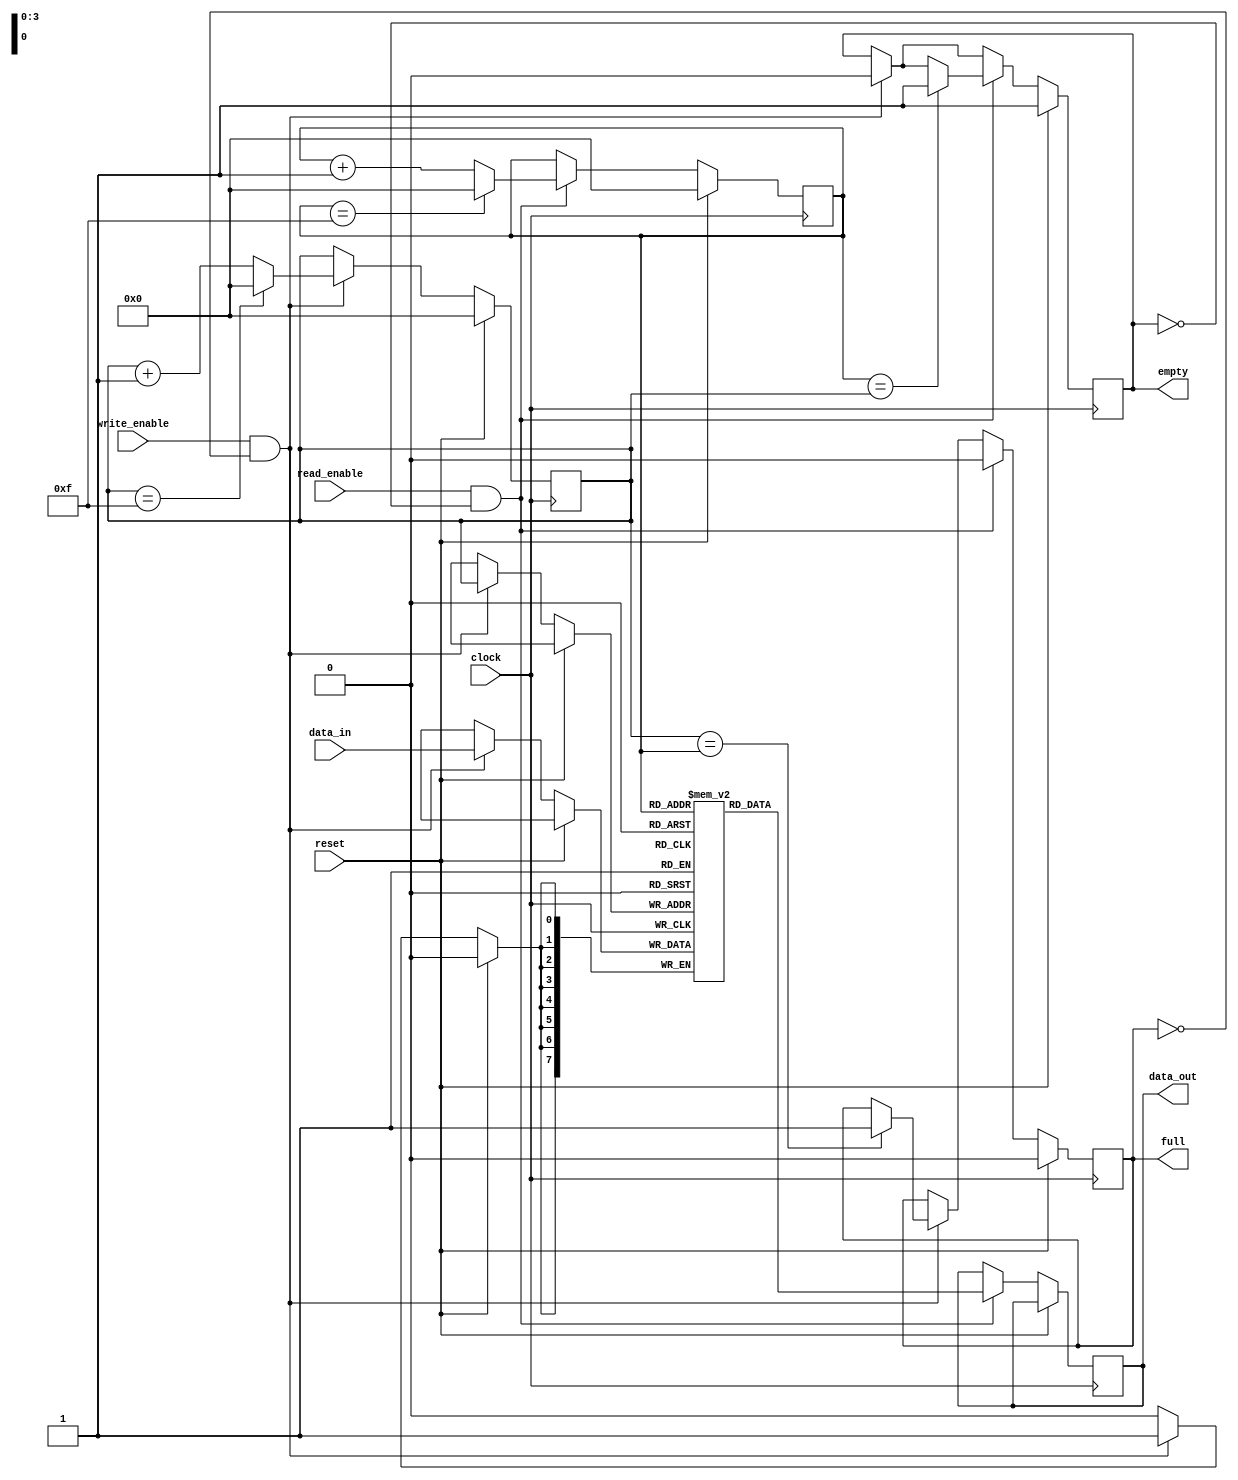
module FWFT_FIFO(
    input wire clock,
    input wire reset,
    input wire write_enable,
    input wire read_enable,
    input wire [DATA_WIDTH-1:0] data_in,
    output reg [DATA_WIDTH-1:0] data_out,
    output reg empty,
    output reg full
);

parameter DEPTH = 16; // FIFO depth
parameter DATA_WIDTH = 8; // Data width

reg [DATA_WIDTH-1:0] fifo[0:DEPTH-1];
reg [3:0] write_ptr; // Write pointer
reg [3:0] read_ptr; // Read pointer

initial begin
    write_ptr = 4'd0;
    read_ptr = 4'd0;
    empty = 1'b1;
    full = 1'b0;
end

always @(posedge clock) begin
    if (reset) begin
        write_ptr <= 4'd0;
        read_ptr <= 4'd0;
        empty <= 1'b1;
        full <= 1'b0;
    end else begin
        if (write_enable && !full) begin
            fifo[write_ptr] <= data_in;
            write_ptr <= write_ptr + 1;
            if (write_ptr == DEPTH-1) begin
                write_ptr <= 4'd0;
            end
            empty <= 1'b0;
            if (write_ptr == read_ptr) begin
                full <= 1'b1;
            end
        end
        
        if (read_enable && !empty) begin
            data_out <= fifo[read_ptr];
            read_ptr <= read_ptr + 1;
            if (read_ptr == DEPTH-1) begin
                read_ptr <= 4'd0;
            end
            full <= 1'b0;
            if (read_ptr == write_ptr) begin
                empty <= 1'b1;
            end
        end
    end
end

endmodule